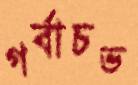
গর্বাচভ